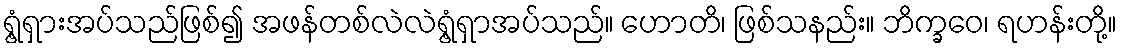
ရွံ့ရှားအပ်သည်ဖြစ်၍ အဖန်တစ်လဲလဲရွံ့ရှာအပ်သည်။ ဟောတိ၊ ဖြစ်သနည်း။ ဘိက္ခဝေ၊ ရဟန်းတို့။